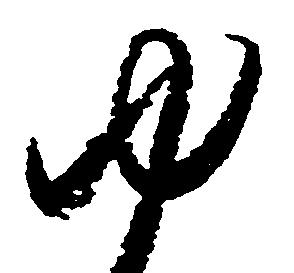
ゆ